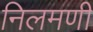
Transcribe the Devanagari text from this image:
निलमणी